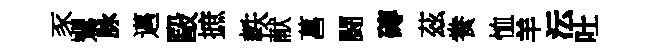
豕鸎脉邁毆摭軼献菖闘磚茲飬恤羊沄吐